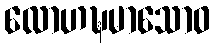
လောဟဍ္ဎမာသောဝ